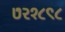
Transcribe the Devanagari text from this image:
७२१८९८